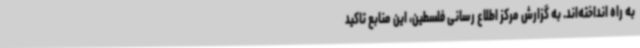
به راه انداخته‌اند. به گزارش مرکز اطلاع رسانی فلسطین، این منابع تاکید